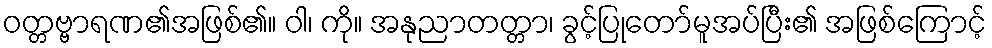
ဝတ္တဗ္ဗာရဏ၏အဖြစ်၏။ ဝါ၊ ကို။ အနုညာတတ္တာ၊ ခွင့်ပြုတော်မူအပ်ပြီး၏ အဖြစ်ကြောင့်